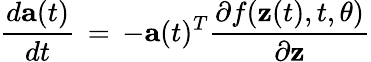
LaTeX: \frac{d\mathbf{a}(t)}{dt}\, =\, -\mathbf{a}(t)^{T}\frac{\partial f(\mathbf{z}(t),t,\theta)}{\partial\mathbf{z}}